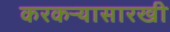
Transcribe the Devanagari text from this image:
करकऱ्यासारखी